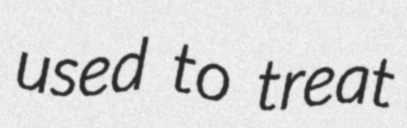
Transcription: used to treat